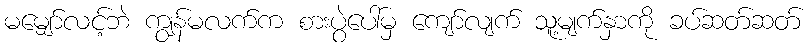
မမျှော်လင့်ဘဲ ကျွန်မလက်က စားပွဲပေါ်မှ ကျော်လျက် သူ့မျက်နှာကို ခပ်ဆတ်ဆတ်